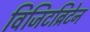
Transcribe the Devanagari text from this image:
विजिटब्रिटेन